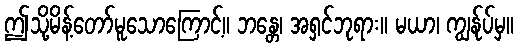
ဤသို့မိန့်တော်မူသောကြောင့်။ ဘန္တေ၊ အရှင်ဘုရား။ မယာ၊ ကျွန်ုပ်မှ။